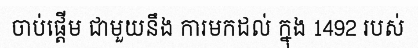
ចាប់ផ្តើម ជាមួយនឹង ការមកដល់ ក្នុង 1492 របស់